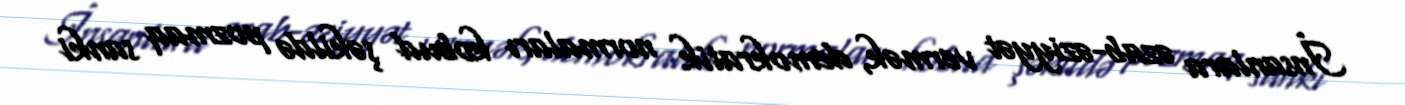
İnsanlara əzab-əziyyət vermək, demokratik normaları kobud şəkildə pozmaq sanki